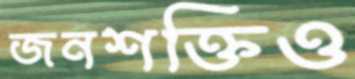
জনশক্তিও